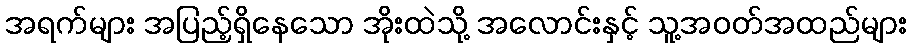
အရက်များ အပြည့်ရှိနေသော အိုးထဲသို့ အလောင်းနှင့် သူ့အဝတ်အထည်များ